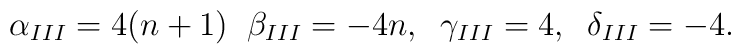
\alpha_{III}=\\  4(n+1)\;\;\beta_{III}=-4n,\;\;\gamma_{III}=4,\;\;\delta_{III}=-4.